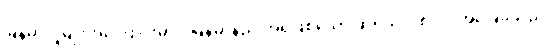
မြန်မာလူမျိုးအကြောင်းမှာပဲ မြန်မာ့နည်းအရဖြစ်သော ဆိုရှယ်လစ်ဝါဒ အခြေခံသည့်